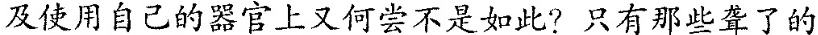
及使用自己的器官上又何尝不是如此！只有那些聋了的